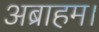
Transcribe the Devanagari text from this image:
अब्राहम।